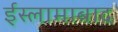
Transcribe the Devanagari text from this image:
ईस्लामाबाद